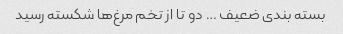
بسته بندی ضعیف … دو تا از تخم مرغ‌ها شکسته رسید